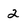
Character: 2